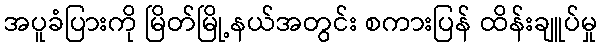
အပူခံပြားကို မြိတ်မြို့နယ်အတွင်း စကားပြန် ထိန်းချူပ်မှု